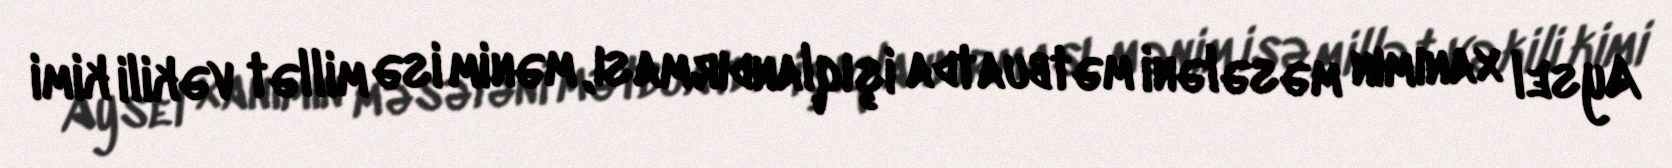
Aysel xanımın məsələni mətbuatda işıqlandırması, mənim isə millət vəkili kimi